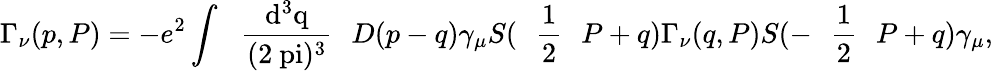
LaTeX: \Gamma_{\nu}(p,P)=-e^{2}\int\mathrm{~\, ~\frac{d^{3}q}{(2\ pi)^{3}}~\, ~}D(p-q)\gamma_{\mu}S(\mathrm{~\, ~\frac{1}{2}~\, ~}P+q)\Gamma_{\nu}(q,P)S(-\mathrm{~\, ~\frac{1}{2}~\, ~}P+q)\gamma_{\mu},